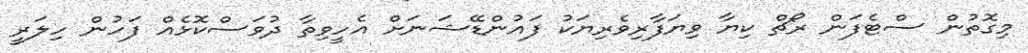
މިގޮތުން ސްޓެފަން ރޯޗް ކިޔާ ވިޔަފާރިވެރިޔަކު ފައުންޑޭޝަނަށް އެހީވިތާ ދުވަސްކޮޅެއް ފަހުން ހިލަރީ